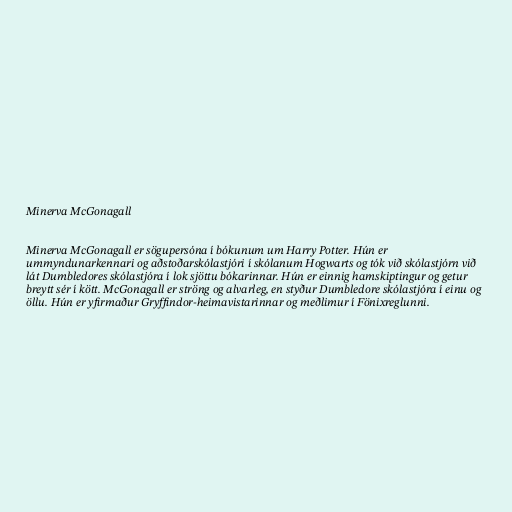
Minerva McGonagall

Minerva McGonagall er sögupersóna í bókunum um Harry Potter. Hún er
ummyndunarkennari og aðstoðarskólastjóri í skólanum Hogwarts og tók við skólastjórn við
lát Dumbledores skólastjóra í lok sjöttu bókarinnar. Hún er einnig hamskiptingur og getur
breytt sér í kött. McGonagall er ströng og alvarleg, en styður Dumbledore skólastjóra í einu og
öllu. Hún er yfirmaður Gryffindor-heimavistarinnar og meðlimur í Fönixreglunni.